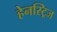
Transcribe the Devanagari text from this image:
हेनस्ट्रिज